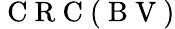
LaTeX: \mathrm{~C~R~C~}(\mathrm{~B~V~})